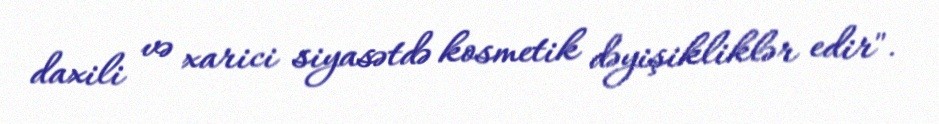
daxili və xarici siyasətdə kosmetik dəyişikliklər edir".